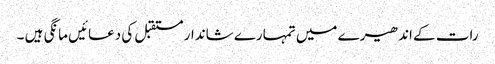
رات کے اندھیرے میں تمہارے شاندار مستقبل کی دعائیں مانگی ہیں ۔